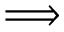
\Longrightarrow